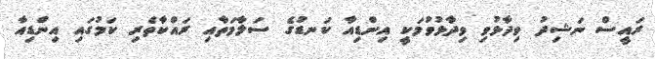
ރައީސް ނަޝިދު ވިދާޅުވި ވިދާޅުވުމަކީ އިންޑިއާ ކަނޑުގެ ސަލާމަތާއި ރައްކާތެރި ކަމުގައި އިންޑިއާ